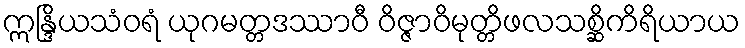
ဣန္ဒြိယသံဝရံ ယုဂမတ္တဒဿာဝီ ဝိဇ္ဇာဝိမုတ္တိဖလသစ္ဆိကိရိယာယ